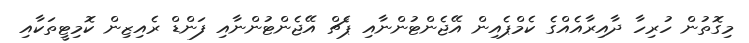
މިގޮތުން ހުރިހާ ދާއިރާއެއްގެ ކެމްޕެއިން އޭޖެންޓުންނާއި ޕެޗް އޭޖެންޓުންނާއި ފަންޑް ރެއިޒިން ކޮމިޓީތަކާއި